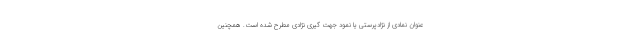
عنوان نمادی از نژادپرستی یا نمود جهت گیری نژادی مطرح شده است. همچنین